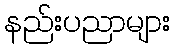
နည်းပညာများ